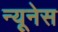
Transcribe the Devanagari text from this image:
न्यूनेस